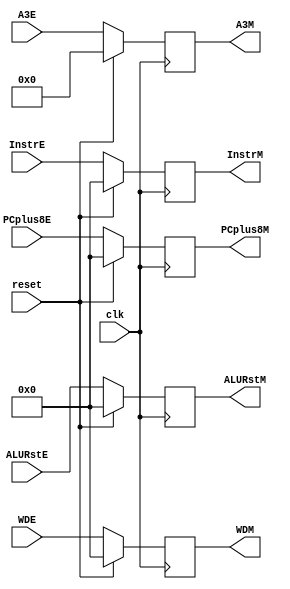
module E_M_Reg(
    input [31:0] ALURstE,
    input [31:0] WDE,
    input [4:0] A3E,
	 input [31:0] InstrE,
    input [31:0] PCplus8E,
	 input clk,
	 input reset,
    output reg [31:0] ALURstM,
    output reg [31:0] WDM,
    output reg [4:0] A3M,	 
    output reg [31:0] InstrM,
    output reg [31:0] PCplus8M
    );
	 
	/*initial begin
		ALURstM <= 0;
		WDM <= 0;
		MDURstM <= 0;
		A3M <= 0;
		InstrM <= 0;
		PCplus8M <= 0;
	end*/
	
	always@(posedge clk) begin
		if (reset) begin
			ALURstM <= 0;
			WDM <= 0;
			InstrM <= 0;
			A3M <= 0;
			PCplus8M <= 0;
		end
		else begin
			ALURstM <= ALURstE;
			WDM <= WDE;
			InstrM <= InstrE;
			A3M <= A3E;
			PCplus8M <= PCplus8E;
		end
	end

endmodule